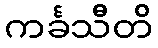
ကင်္ခသီတိ